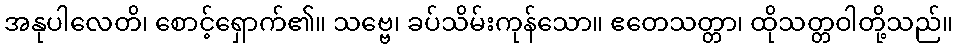
အနုပါလေတိ၊ စောင့်ရှောက်၏။ သဗ္ဗေ၊ ခပ်သိမ်းကုန်သော။ ဧတေသတ္တာ၊ ထိုသတ္တဝါတို့သည်။